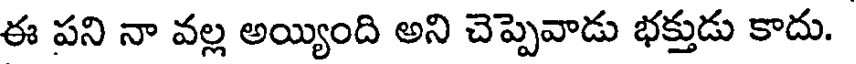
ఈ పని నా వల్ల అయ్యింది అని చెప్పెవాడు భక్తుడు కాదు.